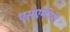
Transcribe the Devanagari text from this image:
एसएम्टीपी